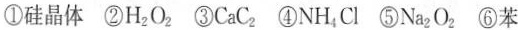
①硅晶体②H_{2}O_{2}③CaC_{2}④NH_{4}Cl⑤Na_{2}O_{2}⑥苯